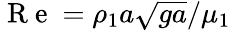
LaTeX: \mathrm{~R~e~}=\rho_{1}a\sqrt{ga}/\mu_{1}